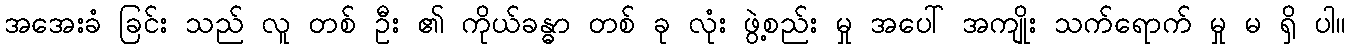
အအေးခံ ခြင်း သည် လူ တစ် ဦး ၏ ကိုယ်ခန္ဓာ တစ် ခု လုံး ဖွဲ့စည်း မှု အပေါ် အကျိုး သက်ရောက် မှု မ ရှိ ပါ။